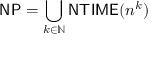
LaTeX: { \mathsf { N P } } = \bigcup _ { k \in \mathbb { N } } { \mathsf { N T I M E } } ( n ^ { k } )